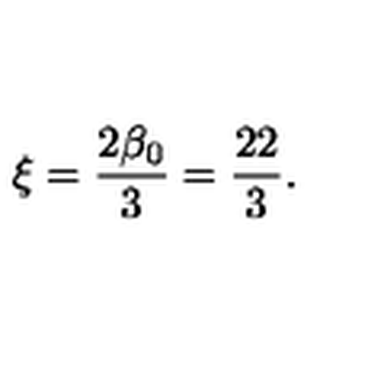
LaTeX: \xi = \frac { 2 \beta _ { 0 } } { 3 } = \frac { 2 2 } { 3 } .